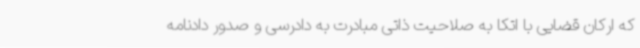
که ارکان قضایی با اتکا به صلاحیت ذاتی مبادرت به دادرسی و صدور دادنامه